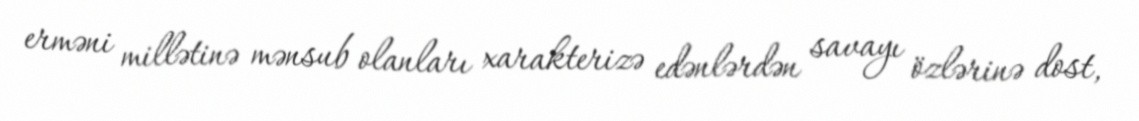
erməni millətinə mənsub olanları xarakterizə edənlərdən savayı özlərinə dost,